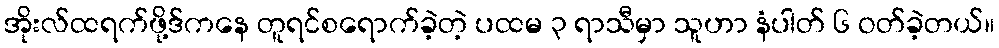
အိုးလ်ထရက်ဖို့ဒ်ကနေ တူရင်စရောက်ခဲ့တဲ့ ပထမ ၃ ရာသီမှာ သူဟာ နံပါတ် ၆ ဝတ်ခဲ့တယ်။